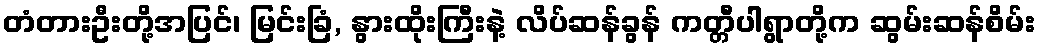
တံတားဦးတို့အပြင်၊ မြင်းခြံ, နွားထိုးကြီးနဲ့ လိပ်ဆန်ခွန် ကတ္တီပါရွာတို့က ဆွမ်းဆန်စိမ်း